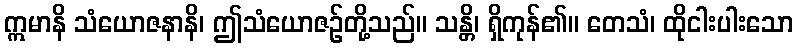
ဣမာနိ သံယောဇနာနိ၊ ဤသံယောဇဉ်တို့သည်။ သန္တိ၊ ရှိကုန်၏။ တေသံ၊ ထိုငါးပါးသော